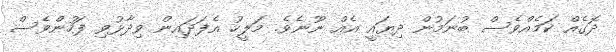
ދޮގެއް ކަމެއްވެސް ބުނަމުން ދިޔައީ އެއް ނޫނެވެ. މަލީހު އެފަދައިން ވިދާޅުވި ފަހުންވެސް